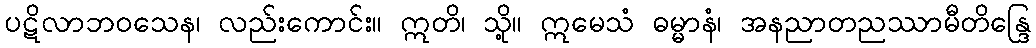
ပဋိလာဘဝသေန၊ လည်းကောင်း။ ဣတိ၊ သို့။ ဣမေသံ ဓမ္မာနံ၊ အနညာတညဿာမီတိန္ဒြေ